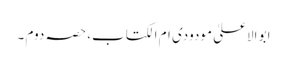
ابو الاعلیٰ مودودی ام الکتاب، حصہ دوم ۔